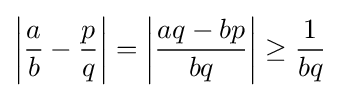
\left|{\frac {a}{b}}-{\frac {p}{q}}\right|=\left|{\frac {aq-bp}{bq}}\right|\geq {\frac {1}{bq}}